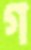
গ